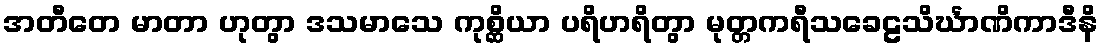
အတီတေ မာတာ ဟုတွာ ဒသမာသေ ကုစ္ဆိယာ ပရိဟရိတွာ မုတ္တကရီသခေဠသိင်္ဃာဏိကာဒီနိ